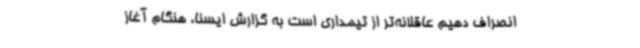
انصراف دهیم عاقلانه‌تر از تیمداری است به گزارش ایسنا، هنگام آغاز